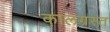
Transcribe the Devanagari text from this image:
कालग्रस्त